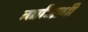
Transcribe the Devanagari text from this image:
वर्षांआधी